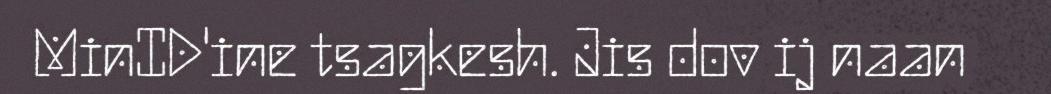
MinID'ine tsagkesh. Jis dov ij naan